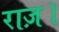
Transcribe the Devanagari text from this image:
राज़।